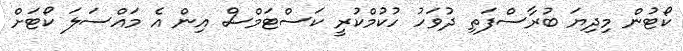
ކޯޓުން މިދިޔަ ބުރާސްފަތި ދުވަހު ހުކުމްކުރީ ކަސްޓަމްސް އިން އެ މައްސަލަ ކޯޓަށް